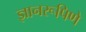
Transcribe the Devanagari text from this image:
ज्ञानरूपिणे